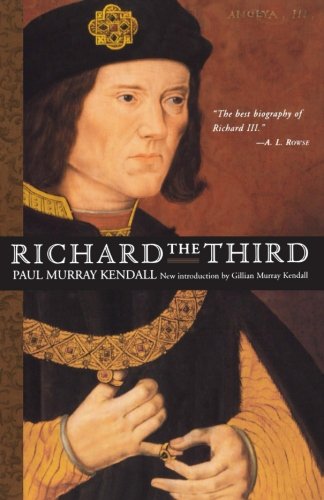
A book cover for Richard the Third; Paul Murray Kendall; Biographies & Memoirs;